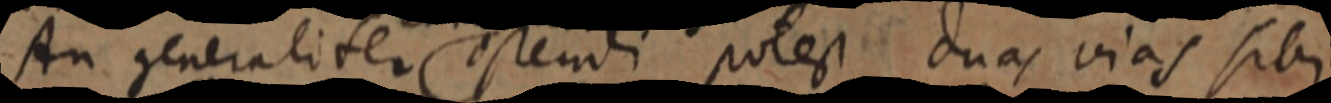
An generaliter ostendi potest duas vias sibi